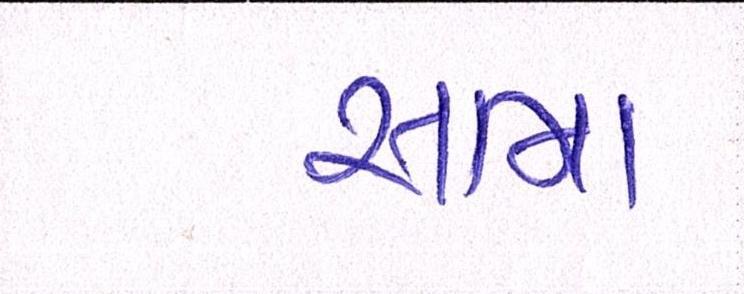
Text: સામા